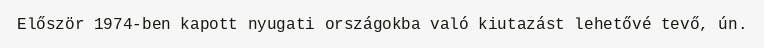
Először 1974-ben kapott nyugati országokba való kiutazást lehetővé tevő, ún.